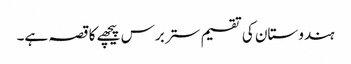
ہندوستان کی تقسیم ستر برس پیچھے کا قصہ ہے۔